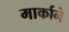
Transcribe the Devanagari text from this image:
मार्काने